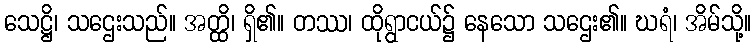
သေဋ္ဌိ၊ သဌေးသည်။ အတ္ထိ၊ ရှိ၏။ တဿ၊ ထိုရွာငယ်၌ နေသော သဌေး၏။ ဃရံ၊ အိမ်သို့။